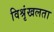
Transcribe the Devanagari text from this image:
विश्रृंखलता